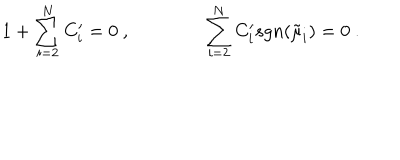
1 + \sum _ { i = 2 } ^ { N } C _ { i } ^ { \prime } = 0 \ , \qquad \qquad \sum _ { i = 2 } ^ { N } C _ { i } ^ { \prime } s g n ( \tilde { \mu } _ { i } ) = 0 \ .